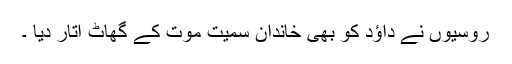
روسیوں نے داؤد کو بھی خاندان سمیت موت کے گھاٹ اُتار دیا ۔